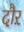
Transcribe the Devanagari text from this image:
दौऱ